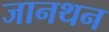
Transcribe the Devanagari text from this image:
जानथन